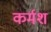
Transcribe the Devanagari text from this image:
कर्मश